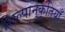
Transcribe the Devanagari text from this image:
शिल्पानुकृतियाँ